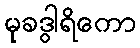
မုခဒွါရိကော